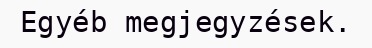
Egyéb megjegyzések.